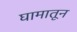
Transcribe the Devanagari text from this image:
घामातून